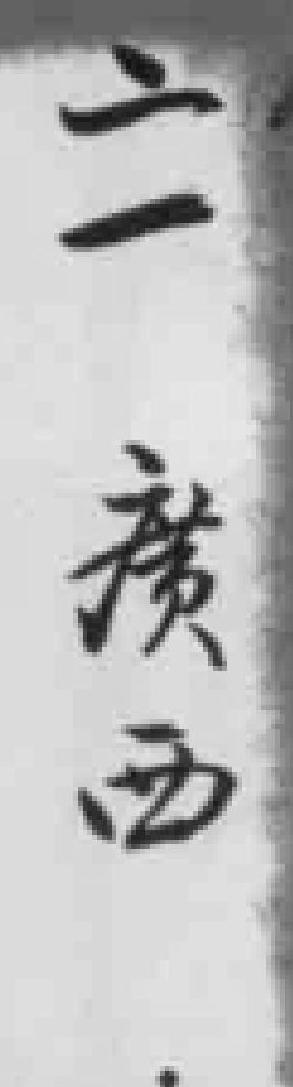
二一廣西